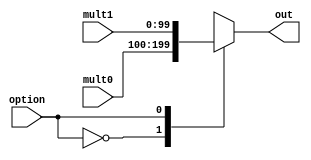
`timescale 1ns / 1ps
//////////////////////////////////////////////////////////////////////////////////
// Company: 
// Engineer: 
// 
// Design Name: 
// Module Name:    Multiplexer 
// Project Name: 
// Target Devices: 
// Tool versions: 
// Description: 
//
// Dependencies: 
//
// Revision: 
// Revision 0.01 - File Created
// Additional Comments: 
//
//////////////////////////////////////////////////////////////////////////////////
module Multiplexer2 #(parameter N=100)(
	input option,
	input [N-1:0]mult0,
	input [N-1:0]mult1,
	
	output reg [N-1:0]out);

	always @( option or mult1 or mult0 ) begin
		case( option )
			 0 : out = mult0;
			 1 : out = mult1;
		endcase
end

endmodule